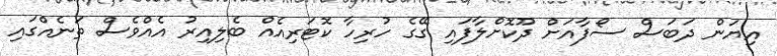
އިޔަން ދަބަސް ސޯފާއަށް ދޫކޮށްލާފައި ގޭގެ ހުރިހާ ކޮޓަރިއެއް ބެލިއިރު އެއްވެސް ތަނެއްގައި